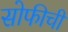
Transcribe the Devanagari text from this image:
सोफीची